Vabadussoja_Ajaloo_Komitee, lk 28
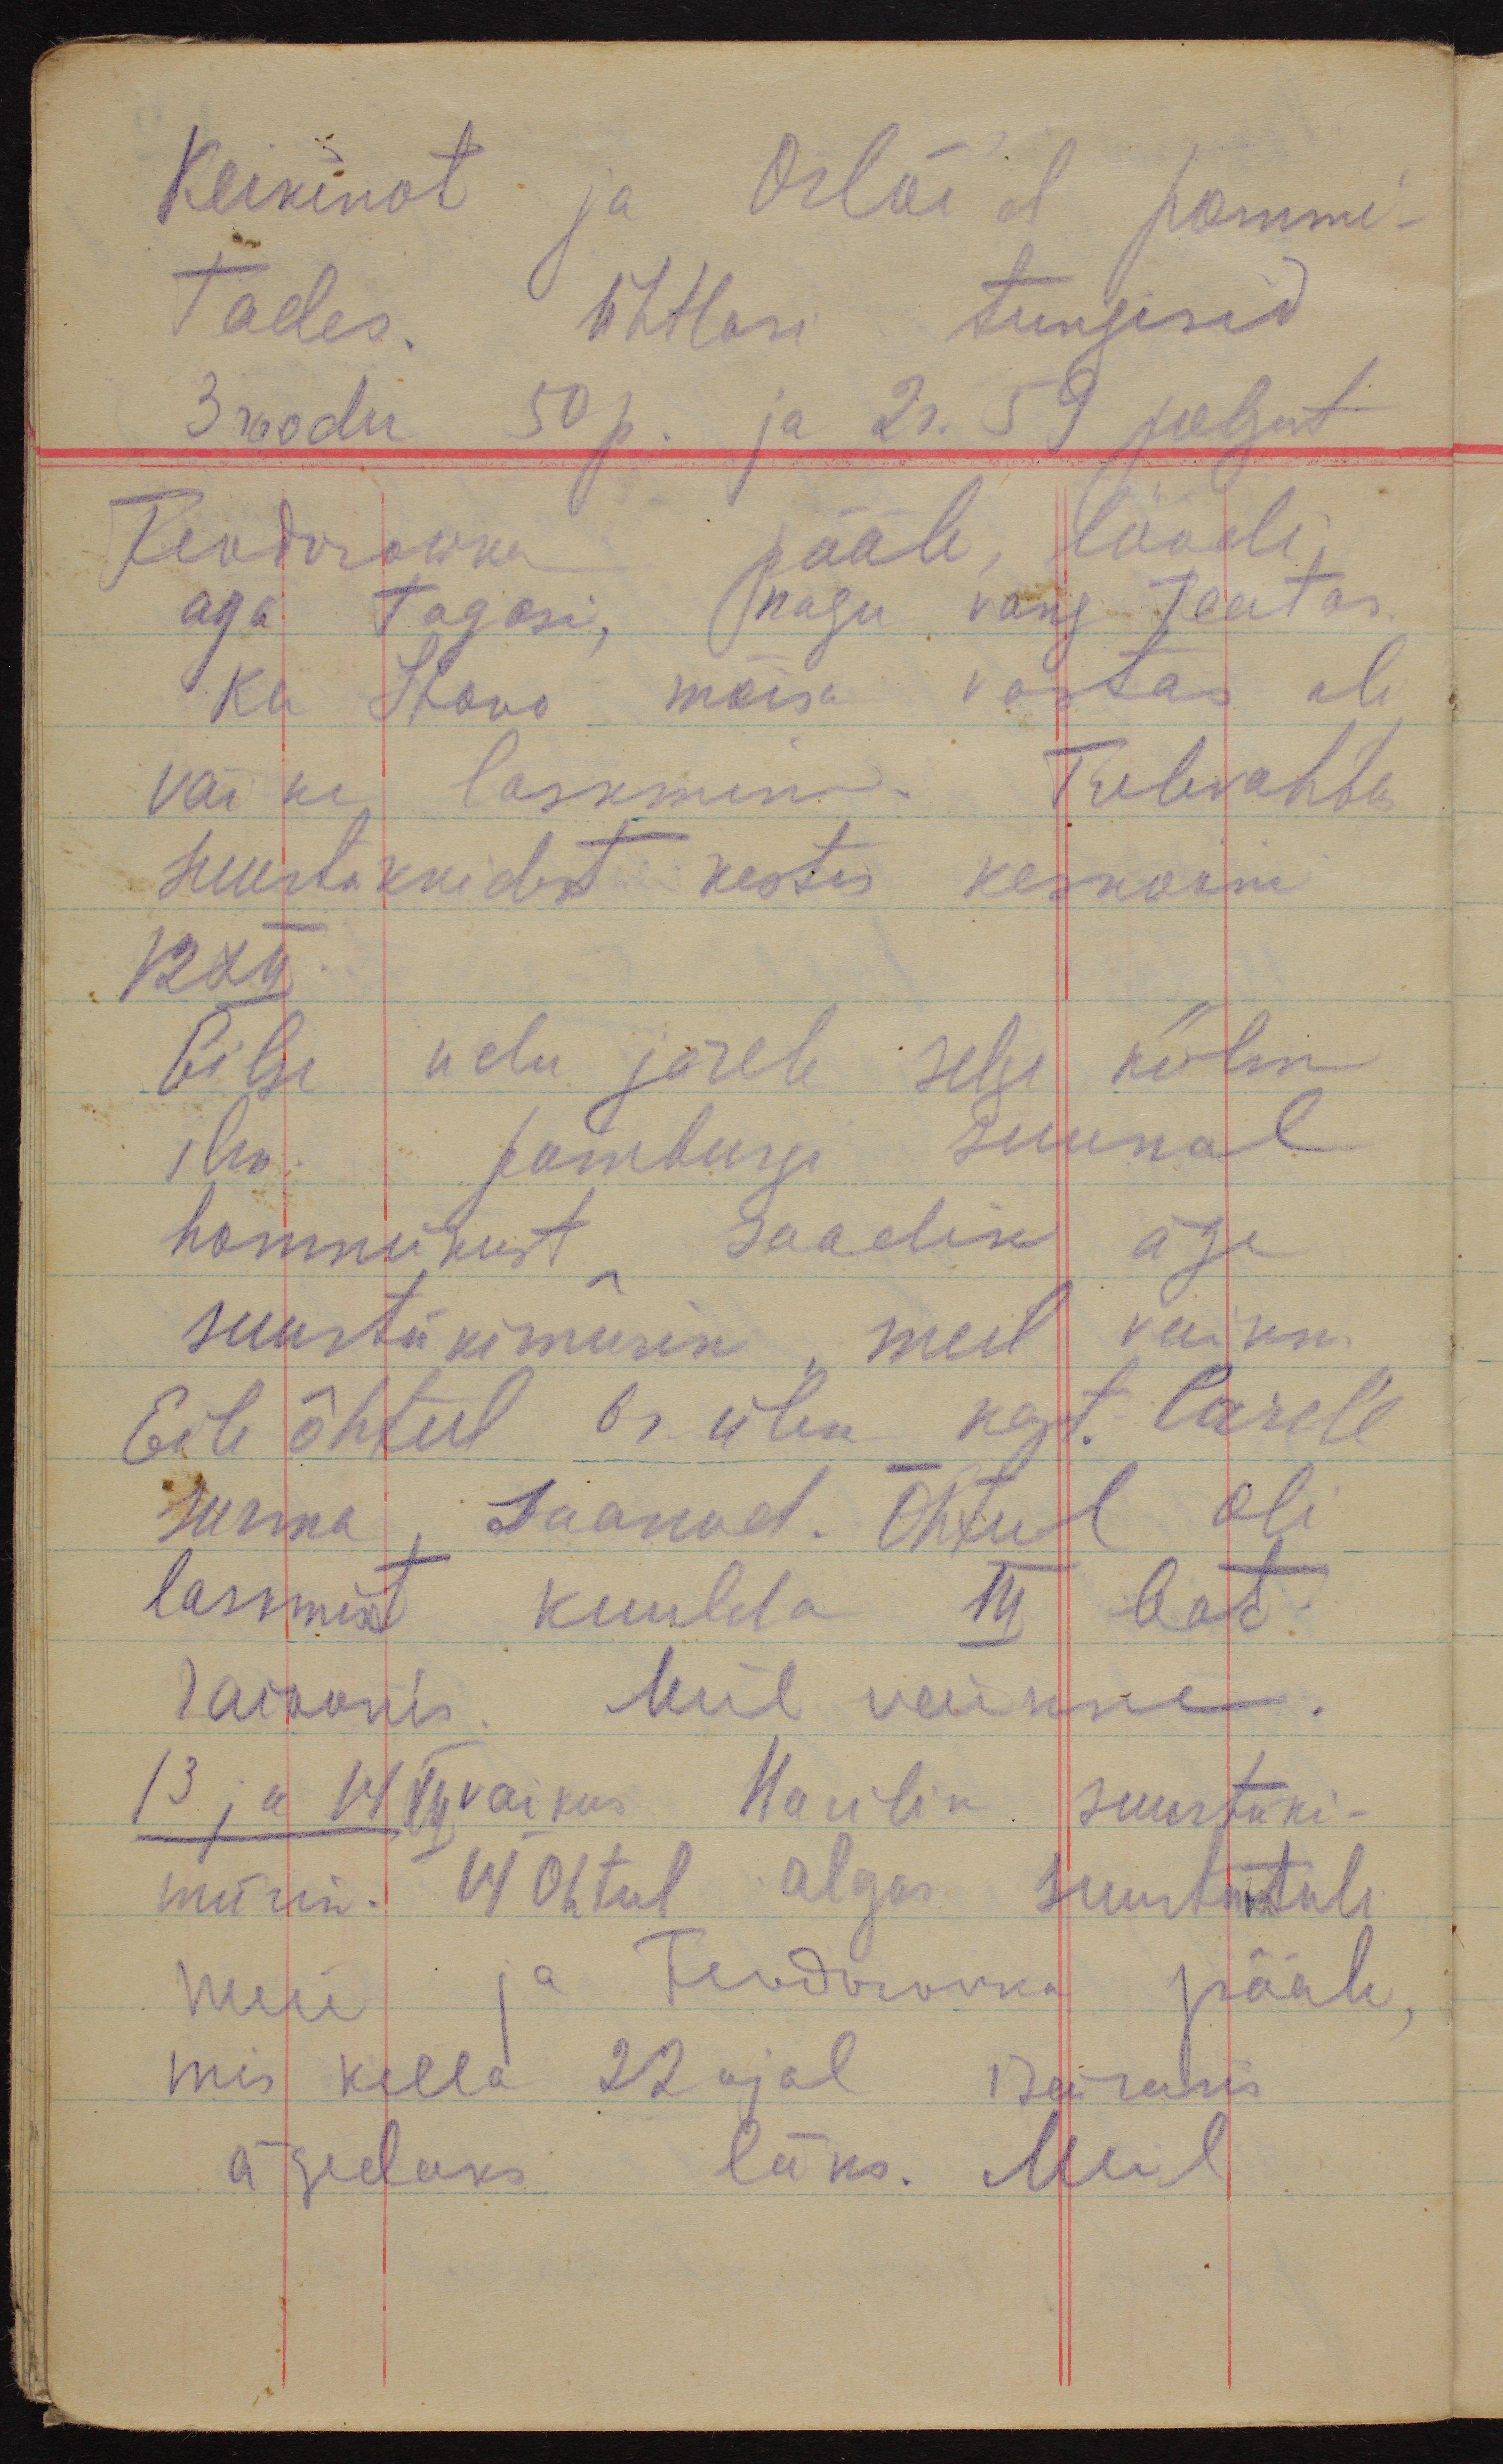
Keikinot ja Orlõid pommi-
tades. Ühtlasi tungisid
3 roodu 50p. ja 2r. 59 polgut
Feodorowka pääle, löödi
aga tagasi, nagu vang teatas.
Ka Itovo mõisa vastas oli
väike laskmine. Tulevahtus
suurtükkidest kestis keskööni
12 XII
Eilse udu järele selge külm
ilm. Jamburgi suunal
hommikust saadik äge
suurtükimürin, meil vaikne.
Eile õhtul 6r. ülem kapt.  Carell
surma saanud. Õhtul oli
laskmist kuulda III bat.
raioonis. Meil vaikne.
13 ja 14 XII vaikus Harilik suurtüki-
mürin. 14 Õhtul algas suurtükituli
meie ja Feodorovka pääle,
mis kella 22 ajal iseäranis
ägedaks läks. Meil